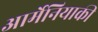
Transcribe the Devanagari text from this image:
आर्मेनियाकी